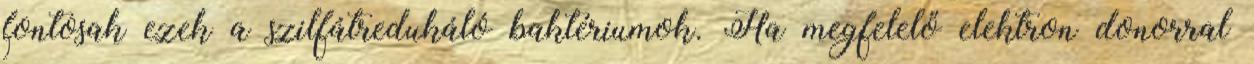
fontosak ezek a szilfátredukáló baktériumok. Ha megfelelő elektron donorral